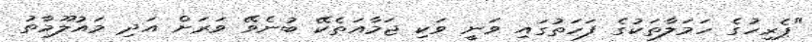
"ޕެރިހުގެ ހަމަލާތަކުގެ ފަހަތުގައި ވަނީ ވަކި ޖަމާއަތެކޭ ބުނެވޭ ވަރަށް އަދި މައުލޫމާތު